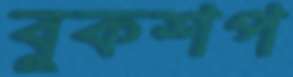
বুকশপ